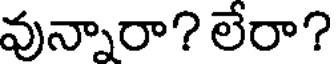
వున్నారా? లేరా?